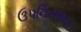
ઉપનિયામક